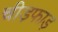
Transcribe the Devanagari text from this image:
चीड़फाड़